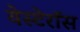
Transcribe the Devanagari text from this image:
वेस्टेरॉस